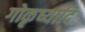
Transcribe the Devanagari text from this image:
गोकृष्यादि